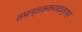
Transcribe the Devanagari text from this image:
तमन्तककरादाकृष्य